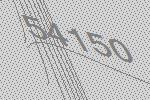
54150